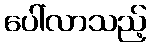
ပေါ်လာသည့်